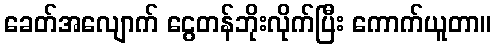
ခေတ်အလျောက် ငွေတန်ဘိုးလိုက်ပြီး ကောက်ယူတာ။